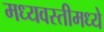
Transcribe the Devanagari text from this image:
मध्यवस्तीमध्ये